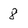
Character: 8